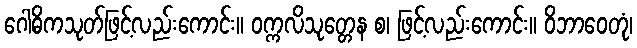
ဂေါဓိကသုတ်ဖြင့်လည်းကောင်း။ ဝက္ကလိသုတ္တေန စ၊ ဖြင့်လည်းကောင်း။ ဝိဘာဝေတုံ၊